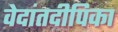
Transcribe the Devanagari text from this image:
वेदांतदीपिका